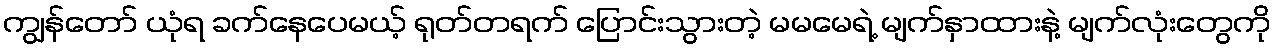
ကျွန်တော် ယုံရ ခက်နေပေမယ့် ရုတ်တရက် ပြောင်းသွားတဲ့ မမမေရဲ့ မျက်နှာထားနဲ့ မျက်လုံးတွေကို